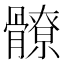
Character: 𩪚